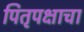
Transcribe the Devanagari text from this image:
पितृपक्षाचा